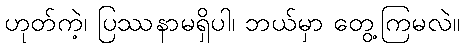
ဟုတ်ကဲ့၊ ပြဿနာမရှိပါ၊ ဘယ်မှာ တွေ့ကြမလဲ။